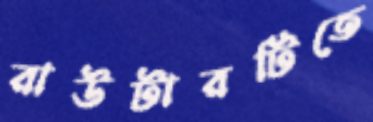
রাউটারটিতে